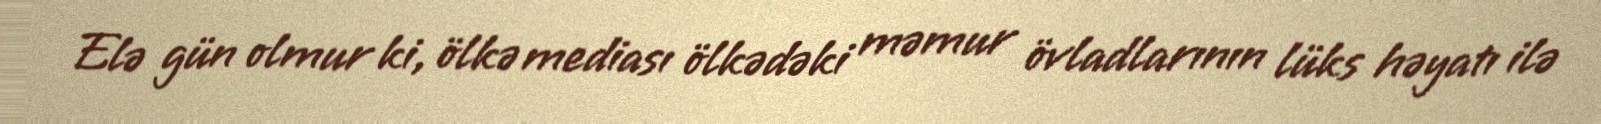
Elə gün olmur ki, ölkə mediası ölkədəki məmur övladlarının lüks həyatı ilə